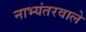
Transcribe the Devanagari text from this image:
नाभ्यंतरवाले